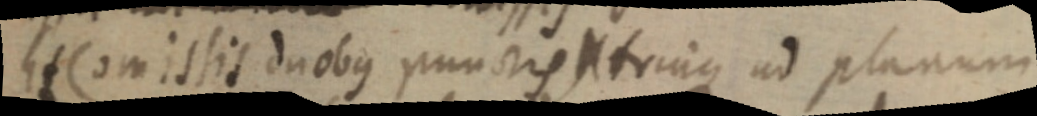
Et Comissis duobus punctis _ trinque ad planum